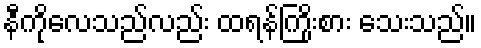
နီကိုလေသည်လည်း ထရန်ကြိုးစား သေးသည်။